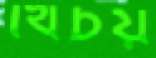
খিচয়